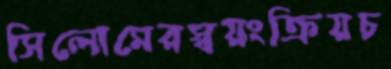
সিলোমেরস্বয়ংক্রিয়চ